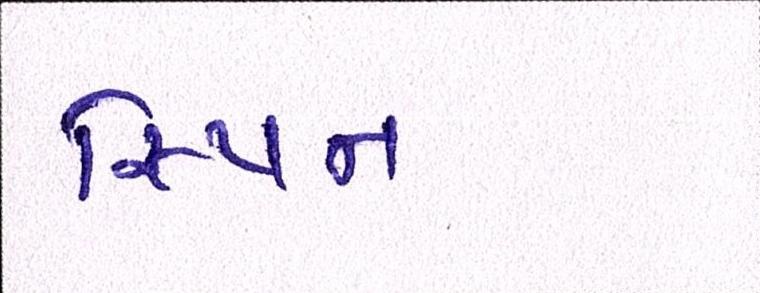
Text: સ્પિન